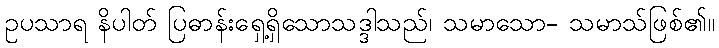
ဥပသာရ နိပါတ် ပြဓာန်းရှေ့ရှိသောသဒ္ဒါသည်၊ သမာသော- သမာသ်ဖြစ်၏။